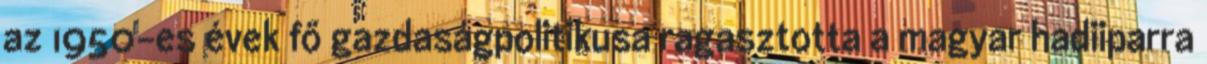
az 1950-es évek fő gazdaságpolitikusa ragasztotta a magyar hadiiparra